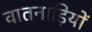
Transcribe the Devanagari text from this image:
वातनाड़ियों